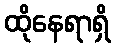
ထိုနေရာရှိ